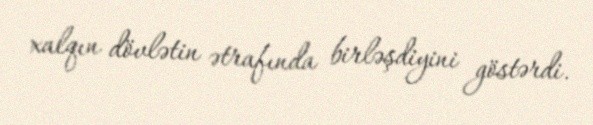
xalqın dövlətin ətrafında birləşdiyini göstərdi.